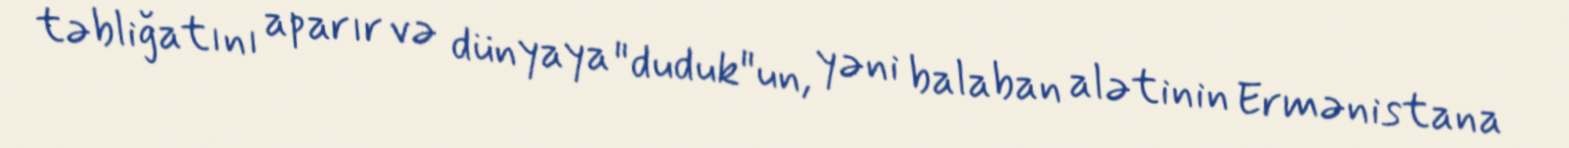
təbliğatını aparır və dünyaya "duduk"un, yəni balaban alətinin Ermənistana